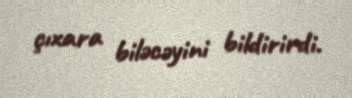
çıxara biləcəyini bildirirdi.